Civil Veterinary Dept. Bombay admin report 1923-31 - 1923-1931
Year: 1923
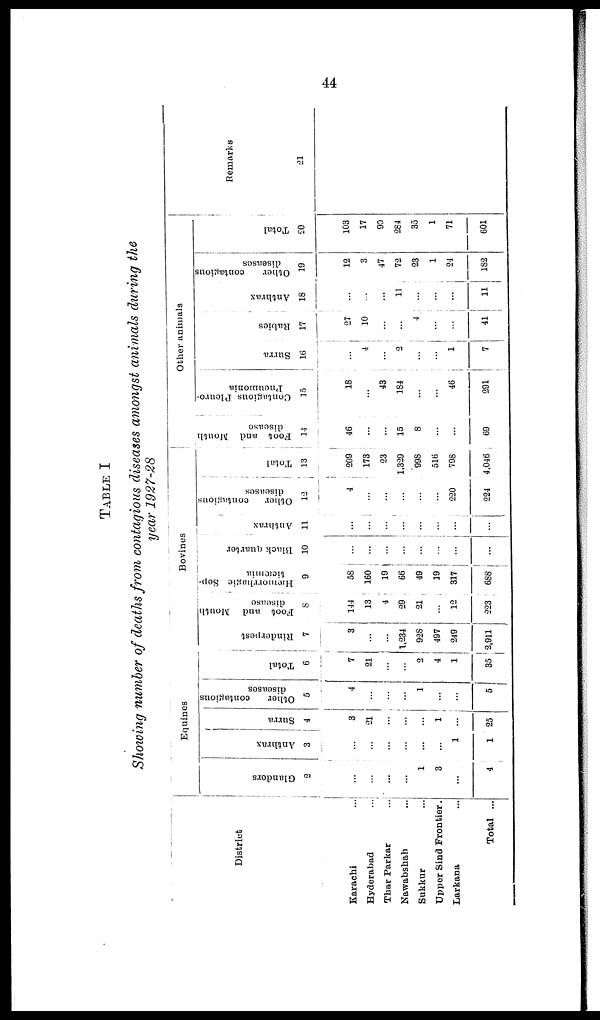
44
TABLE I
Showing number of deaths from contagious diseases amongst animals during the
year 1927-28
District
Karachi ...
Hyderabad ...
Thar Parkar ...
Nawabshah ...
Sukkur ...
Upper Sind Frontier.
Larkana ...
Total ...
Equines
Glandors
2
...
...
...
...
1
3
...
4
Anthrax
3
...
...
...
...
...
...
1
1
Surra
4
3
21
...
...
...
1
...
25
Other
contusions
diseases
5
4
...
...
...
1
...
...
5
Total
6
7
21
...
...
2
4
1
35
Rinderpest
7
3
...
...
1,234
928
497
249
2,911
Foot and Mouth
disease
8
144
13
4
29
21
...
12
223
Bovines.
Hæmorrhagic Sep-
ticæmia
9
58
160
19
66
49
19
317
688
Black quarter
10
...
...
...
...
...
...
...
...
Anthrax
11
...
...
...
...
...
...
...
...
Other
contagious
diseases
12
4
...
...
...
...
...
220
224
Total
13
209
173
23
1,329
998
516
708
4,046
Other animals
Foot and Mouth
discase
14
46
...
...
15
8
...
...
69
Contagious Pleuro-
pneumonia
15
18
...
43
184
...
...
46
291
Surra
16
...
4
...
2
...
...
1
7
Rabies
17
27
10
...
...
4
...
...
41
Anthrax
18
...
...
...
11
...
...
...
11
Other
contagious
diseases
19
12
3
47
72
23
1
24
182
Total
20
103
17
90
284
35
1
71
601
Remarks
21